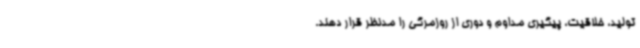
تولید، خلاقیت، پیگیری مداوم و دوری از روزمرگی را مدنظر قرار دهند.